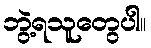
ဘွဲ့ရသူတွေပါ။